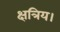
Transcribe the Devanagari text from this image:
क्षत्रिय।